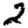
Digit: 2